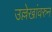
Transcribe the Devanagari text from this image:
उल्लेखांवरुन